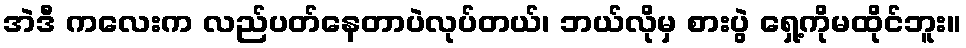
အဲဒီ ကလေးက လည်ပတ်နေတာပဲလုပ်တယ်၊ ဘယ်လိုမှ စားပွဲ ရှေ့ကိုမထိုင်ဘူး။